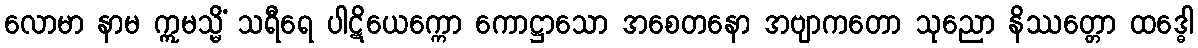
လောမာ နာမ ဣမသ္မိံ သရီရေ ပါဋိယေက္ကော ကောဋ္ဌာသော အစေတနော အဗျာကတော သုညော နိဿတ္တော ထဒ္ဓေါ